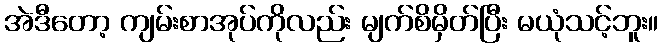
အဲဒီတော့ ကျမ်းစာအုပ်ကိုလည်း မျက်စိမှိတ်ပြီး မယုံသင့်ဘူး။